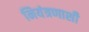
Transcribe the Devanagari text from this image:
नियंत्रणाशी